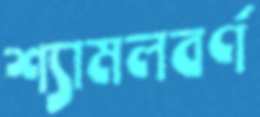
শ্যামলবর্ণ